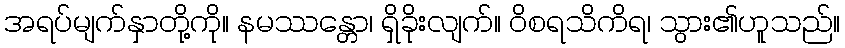
အရပ်မျက်နှာတို့ကို။ နမဿန္တော၊ ရှိခိုးလျက်။ ဝိစရသိကိရ၊ သွား၏ဟူသည်။